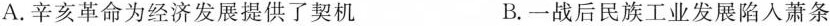
A.辛亥革命为经济发展提供了契机 B.一战后民族工业发展陷入萧条